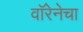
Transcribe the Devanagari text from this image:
वॉरेनेचा